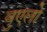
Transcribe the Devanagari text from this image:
वुएलो